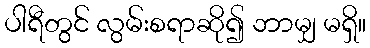
ပါရီတွင် လွမ်းစရာဆို၍ ဘာမျှ မရှိ။